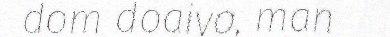
dom doaivo, man